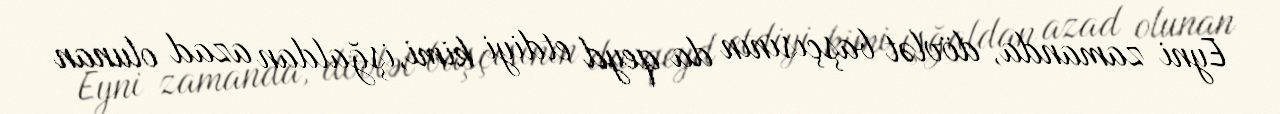
Eyni zamanda, dövlət başçısının da qeyd etdiyi kimi, işğaldan azad olunan